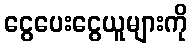
ငွေပေးငွေယူများကို